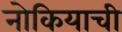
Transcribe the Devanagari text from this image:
नोकियाची